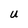
Character: U